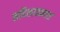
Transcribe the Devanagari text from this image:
सदिशावकाश